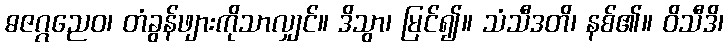
ဓဇဂ္ဂညေဝ၊ တံခွန်ဖျားကိုသာလျှင်။ ဒိသွာ၊ မြင်၍။ သံသီဒတိ၊ နစ်၏။ ဝိသီဒိ၊